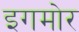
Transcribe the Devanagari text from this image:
इगमोर